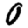
Digit: 0